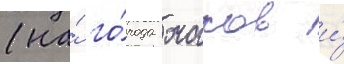
(на́ го́рода очаков и́